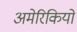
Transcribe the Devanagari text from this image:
अमेरिकियों